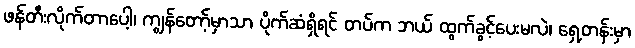
ဖန်တီးလိုက်တာပေါ့၊ ကျွန်တော့်မှာသာ ပိုက်ဆံရှိရင် တပ်က ဘယ် ထွက်ခွင့်ပေးမလဲ၊ ရှေ့တန်းမှာ